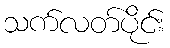
သက်လတ်ပိုင်း